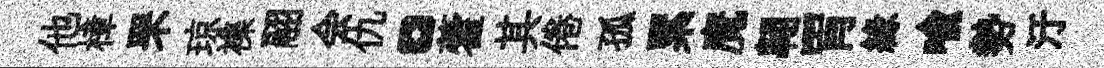
他樟罘琼襍翮会仇。藿其倦孤累魔翺胃縁喩勢汙